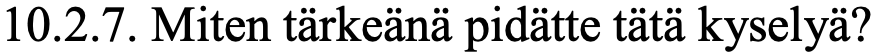
10.2.7. Miten tärkeänä pidätte tätä kyselyä?